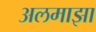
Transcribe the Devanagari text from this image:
अलमाझा